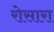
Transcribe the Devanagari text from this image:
रोसारा